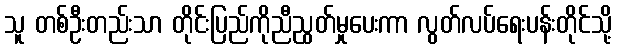
သူ တစ်ဦးတည်းသာ တိုင်းပြည်ကိုညီညွတ်မှုပေးကာ လွတ်လပ်ရေးပန်းတိုင်သို့